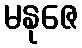
မနုဇေ